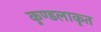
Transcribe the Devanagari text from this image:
कुण्डलाकृत